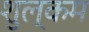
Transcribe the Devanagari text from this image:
शुल्कम